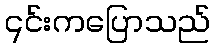
၎င်းကပြောသည်